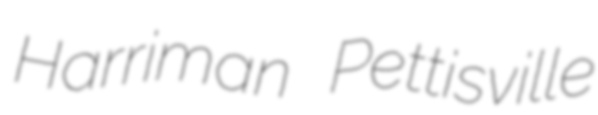
Harriman Pettisville